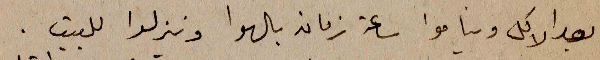
بعد الاكل ويناموا ساعة زمان بالهوا وينزلوا للبيت.